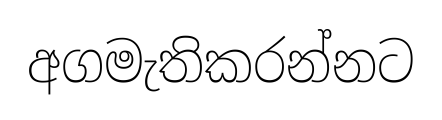
අගමැතිකරන්නට